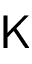
\mathsf { K }